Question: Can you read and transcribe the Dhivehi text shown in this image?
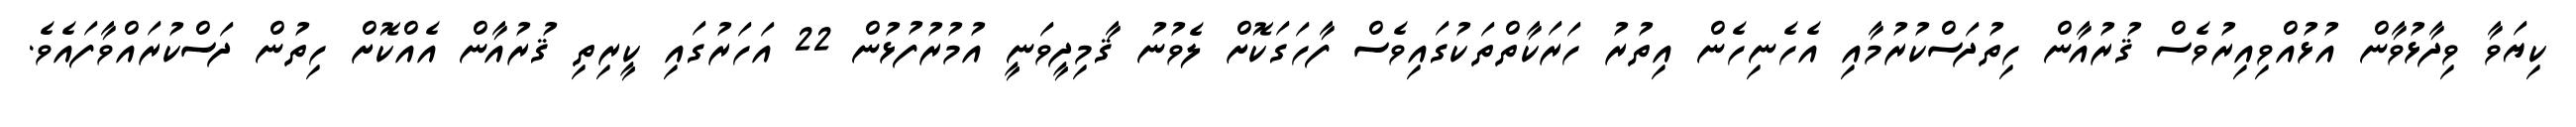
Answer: ކިޔަވާ ވިދާޅުވާން އުޅުއްވިއިރުވެސް ޤުރުއާން ހިތުދަސްކުރުމާއި އެހެނިހެން އިތުރު ހަރަކާތްތަކުގައިވެސް ފާހަގަކޮށް ލެވުނު ޤާމިދީވަނީ އުމުރުފުޅުން 22 އަހަރުގައި ކީރިތި ޤުރުއާން އެއްކޮށް ހިތުން ދަސްކުރައްވާފައެވެ.